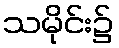
သမိုင်း၌